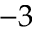
- 3